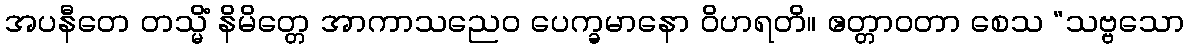
အပနီတေ တသ္မိံ နိမိတ္တေ အာကာသညေဝ ပေက္ခမာနော ဝိဟရတိ။ ဧတ္တာဝတာ စေသ “သဗ္ဗသော